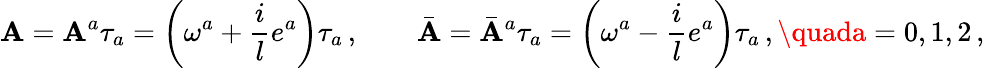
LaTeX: \mathbf{A}=\mathbf{A}^{a}\tau_{a}=\left(\omega^{a}+\frac{i}{l}e^{a}\right)\tau_{a}\, ,\qquad\bar{{\mathbf{A}}}={\bar{{\mathbf{A}}}}^{a}\tau_{a}=\left(\omega^{a}-\frac{i}{l}e^{a}\right)\tau_{a}\, ,\quada=0,1,2\, ,